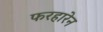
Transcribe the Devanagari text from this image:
फरहारेन